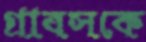
গ্রাবসকে